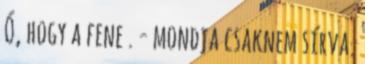
Ó, hogy a fene . - mondja csaknem sírva.